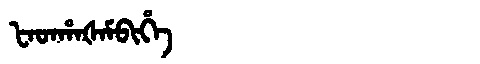
Manchu: ᡶᠠᡨᡥᠠᡧᠠᠮᠪᡳᡥᡝ
Romanization: FATHAŠAMBIHE